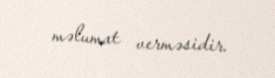
məlumat verməsidir.